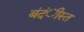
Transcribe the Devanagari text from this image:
बंदंीस्त